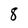
Character: 8